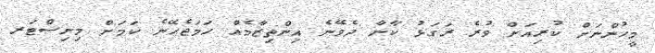
މީހުންނަށް ކުރިއަށް ވުރެ ރަގަޅު ކާނާ ދެވޭނެ އިންތިޒާމެއް ހަމަޖެހޭނެ ކަމަށް މިނިސްޓަރ